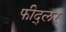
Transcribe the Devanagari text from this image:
फीद्लर